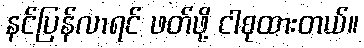
နင်ပြန်လာရင် ဖတ်ဖို့ ငါစုထားတယ်။